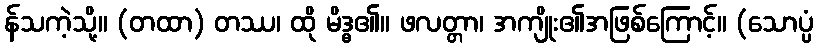
န်သကဲ့သို့။ (တထာ) တဿ၊ ထို မိဒ္ဓ၏။ ဖလတ္တာ၊ အကျိုး၏အဖြစ်ကြောင့်။ (သောပ္ပံ